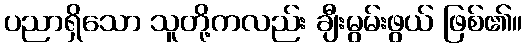
ပညာရှိသော သူတို့ကလည်း ချီးမွမ်းဖွယ် ဖြစ်၏။